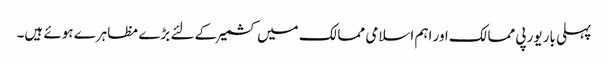
پہلی بار یورپی ممالک اور اہم اسلامی ممالک میں کشمیر کے لئے بڑے مظاہرے ہوئے ہیں۔